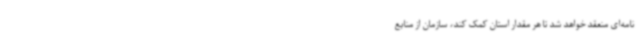
نامه‌ای منعقد خواهد شد تا هر مقدار استان کمک کند، سازمان از منابع